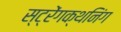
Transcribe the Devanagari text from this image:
स्ट्रेंगक्थनिंग